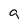
Character: g